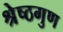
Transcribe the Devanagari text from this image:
श्रेष्ठगुण